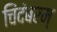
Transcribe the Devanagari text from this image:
चिंदंबरम्